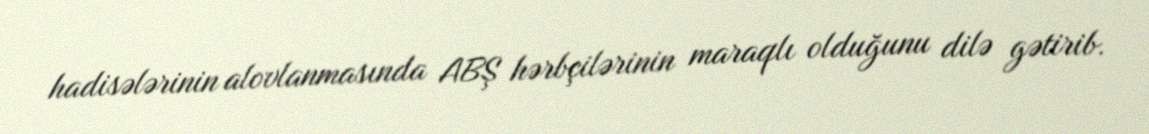
hadisələrinin alovlanmasında ABŞ hərbçilərinin maraqlı olduğunu dilə gətirib.